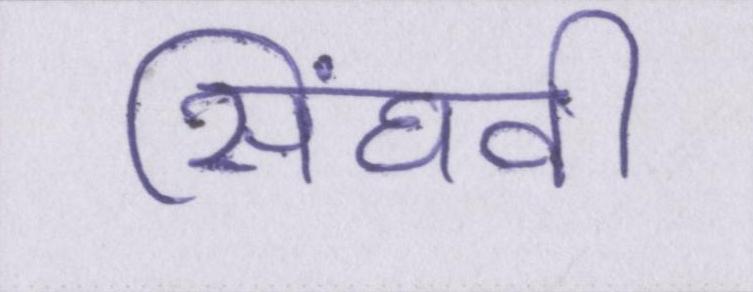
सिंघवी